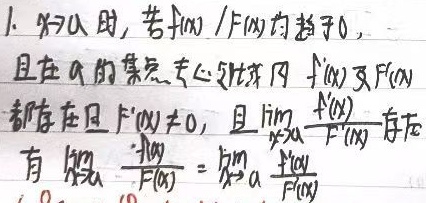
1. \(x\to a\) 时，若 \(\frac{f(x)}{F(x)}\) 均趋于 \(0\)，且在 \(a\) 的某去心邻域内 \(f'(x)\) 及 \(F'(x)\) 都存在且 \(F'(x)\neq 0\)，且 \(\lim_{x\to a}\frac{f'(x)}{F'(x)}\) 存在，则有 \(\lim_{x\to a}\frac{f(x)}{F(x)}=\lim_{x\to a}\frac{f'(x)}{F'(x)}\) 。